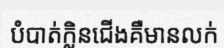
បំបាត់ក្លិនជើងគឺមានលក់